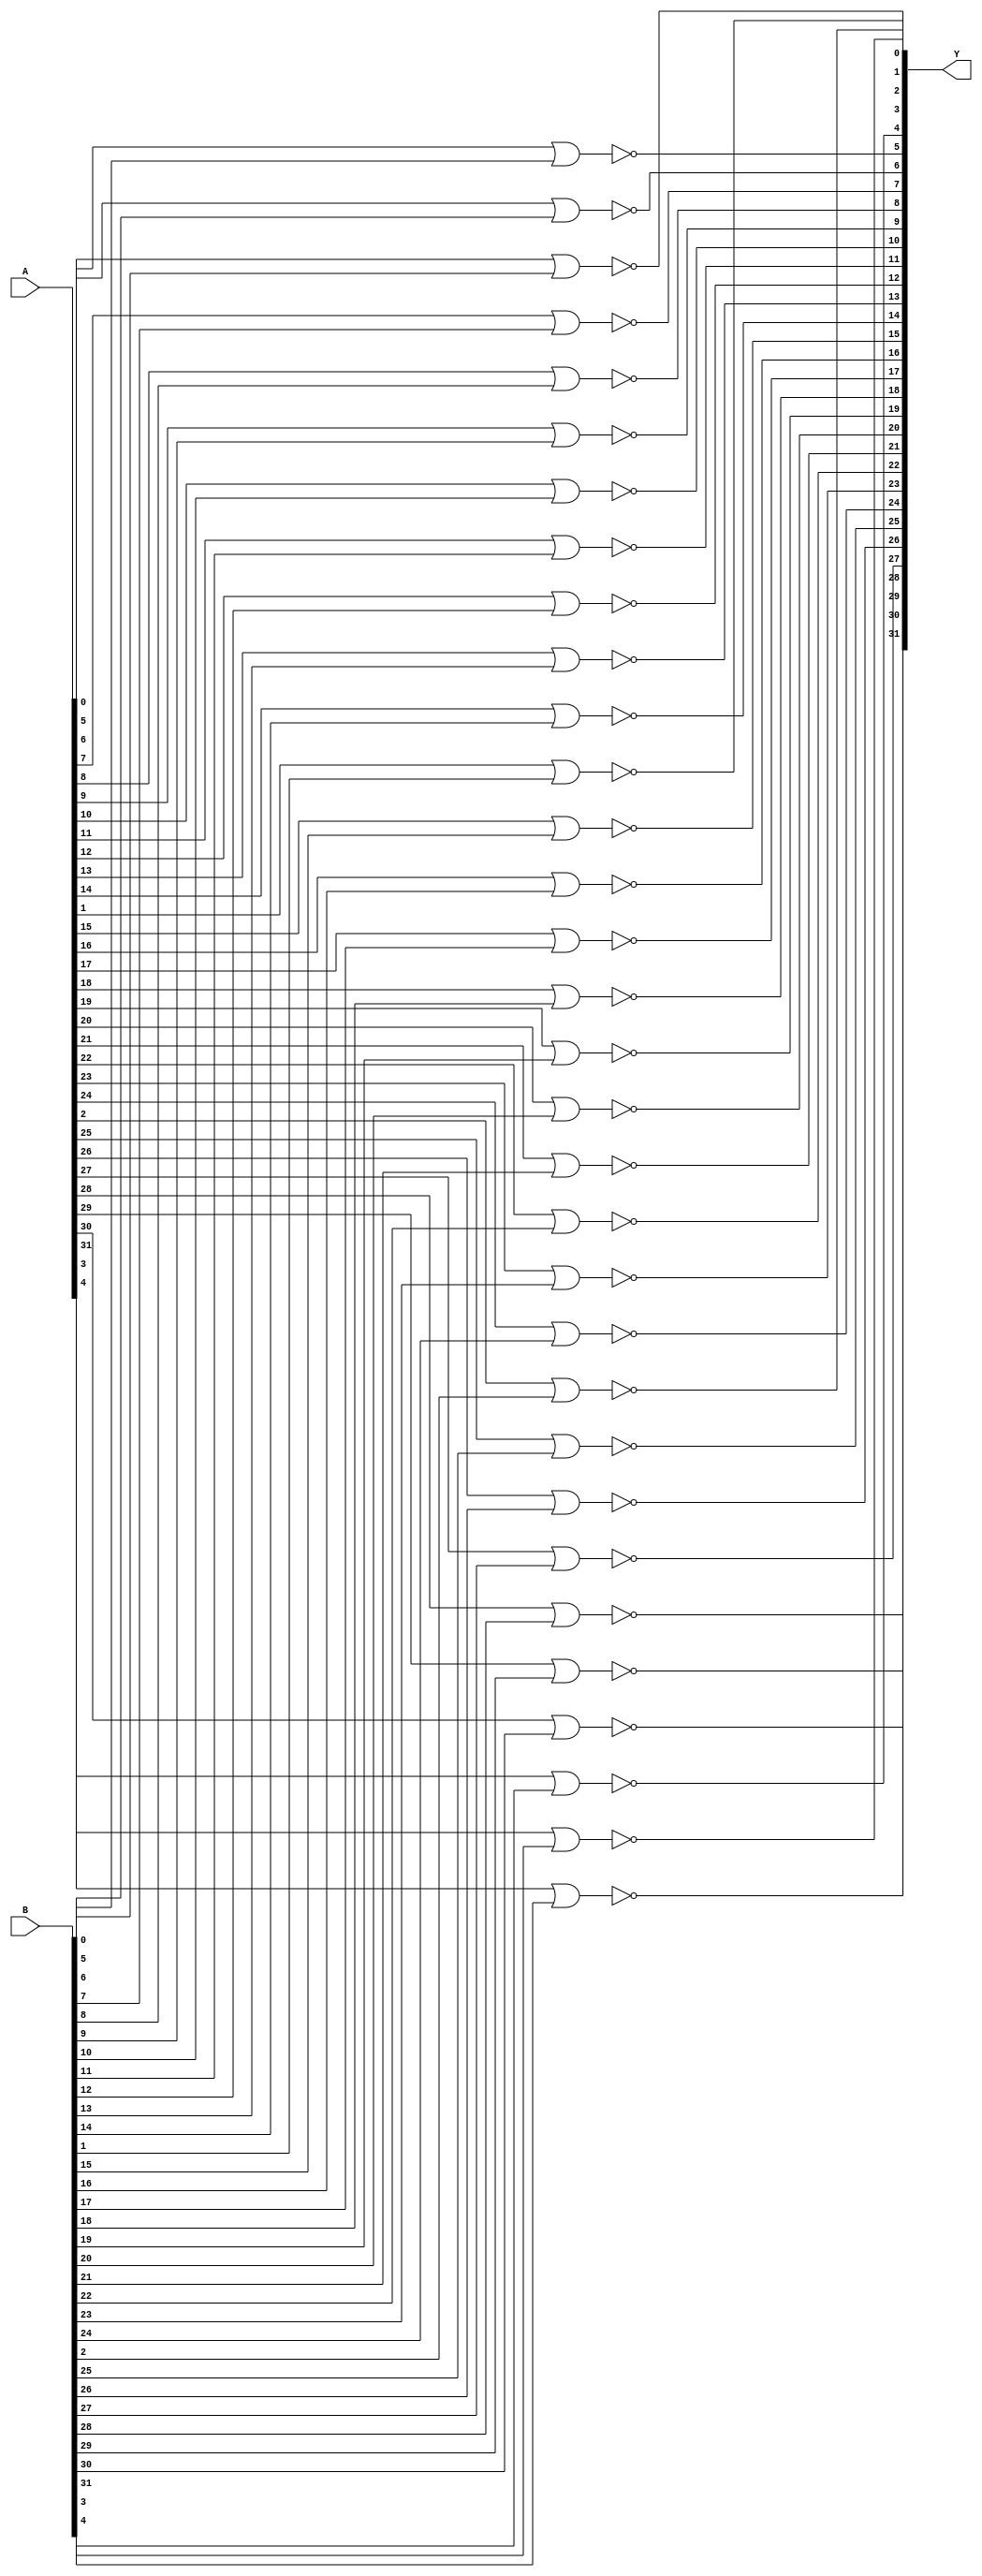
// Name: logic_32_bit.v
// Module: 
// Input: 
// Output: 
//
// Notes: Common definitions
// 
//
// Revision History:
//
// Version	Date		Who		email			note
//------------------------------------------------------------------------------------------
//  1.0     Sep 02, 2014	Kaushik Patra	kpatra@sjsu.edu		Initial creation
//------------------------------------------------------------------------------------------
//

// 32-bit NOR
module NOR32_2x1(Y, A, B);
	//output 
	output [31:0] Y;
	//input
	input [31:0] A;
	input [31:0] B;
	
	// TBD
	genvar i;
	generate
		for (i = 0; i <= 31; i = i + 1) begin: nor_gen_loop
			nor nor_inst(Y[i], A[i], B[i]);
		end
	endgenerate
	
endmodule

// 32-bit AND
module AND32_2x1(Y, A, B);
	//output 
	output [31:0] Y;
	//input
	input [31:0] A;
	input [31:0] B;
	
	// TBD
	genvar i;
	generate
		for (i = 0; i <= 31; i = i + 1) begin: and_gen_loop
			and and_inst(Y[i], A[i], B[i]);
		end
	endgenerate
	
endmodule

// 64-bit inverter
module NOT64_1x1(Y, A);
	// output list
	output [63:0] Y;
	
	// input list
	input [63:0] A;

	genvar i;
	generate
		for (i = 0; i <= 63; i = i + 1) begin: not_gen_loop
			not not_inst(Y[i], A[i]);
		end
	endgenerate
	
endmodule

// 32-bit inverter
module NOT32_1x1(Y, A);
	//output 
	output [31:0] Y;
	//input
	input [31:0] A;
	
	// TBD
	genvar i;
	generate
		for (i = 0; i <= 31; i = i + 1) begin: not_gen_loop
			not not_inst(Y[i], A[i]);
		end
	endgenerate
	
endmodule

// 32-bit buffer
module BUF32_1x1(Y, A);
	//output 
	output [31:0] Y;
	//input
	input [31:0] A;
	
	// TBD
	genvar i;
	generate
		for (i = 0; i <= 31; i = i + 1) begin: buf_gen_loop
			buf buf_inst(Y[i], A[i]);
		end
	endgenerate
	
endmodule

// 32-bit OR
module OR32_2x1(Y, A, B);
	//output 
	output [31:0] Y;
	//input
	input [31:0] A;
	input [31:0] B;
	
	// TBD
	genvar i;
	generate
		for (i = 0; i <= 31; i = i + 1) begin: or_gen_loop
			or or_inst(Y[i], A[i], B[i]);
		end
	endgenerate
	
endmodule